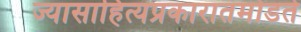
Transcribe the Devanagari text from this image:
ज्यासाहित्यप्रकारातमोडते